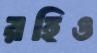
রহিও